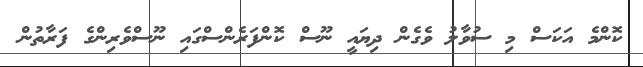
ކޮންމެ އަކަސް މި ސުވާލު ވެގެން ދިޔައީ ނޫސް ކޮންފަރެންސްގައި ނޫސްވެރިންގެ ފަރާތުން